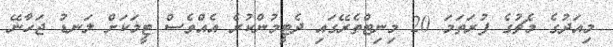
މިއަދުގެ މެޗުގެ ފުރަތަމަ 20 މިނިޓްތެރޭގައި ދެޓީމުންކުރެ އެއްވެސް ޓީމަކަށް ލަނޑު ޖަހާނޭ